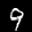
Label: 9